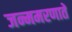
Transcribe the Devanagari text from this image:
जन्ममरणातें